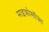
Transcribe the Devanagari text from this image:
माइक्रोसॉफ्त